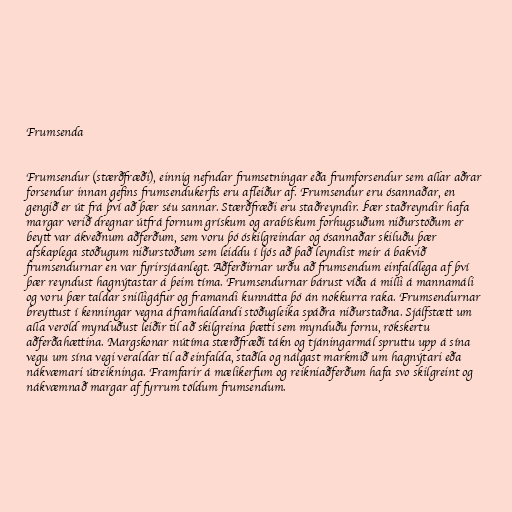
Frumsenda

Frumsendur (stærðfræði), einnig nefndar frumsetningar eða frumforsendur sem allar aðrar
forsendur innan gefins frumsendukerfis eru afleiður af. Frumsendur eru ósannaðar, en
gengið er út frá því að þær séu sannar. Stærðfræði eru staðreyndir. Þær staðreyndir hafa
margar verið dregnar útfrá fornum grískum og arabískum forhugsuðum niðurstöðum er
beytt var ákveðnum aðferðum, sem voru þó óskilgreindar og ósannaðar skiluðu þær
afskaplega stöðugum niðurstöðum sem leiddu í ljós að það leyndist meir á bakvið
frumsendurnar en var fyrirsjáanlegt. Aðferðirnar urðu að frumsendum einfaldlega af því
þær reyndust hagnýtastar á þeim tíma. Frumsendurnar bárust víða á milli á mannamáli
og voru þær taldar snilligáfur og framandi kunnátta þó án nokkurra raka. Frumsendurnar
breyttust í kenningar vegna áframhaldandi stöðugleika spáðra niðurstaðna. Sjálfstætt um
alla veröld mynduðust leiðir til að skilgreina þætti sem mynduðu fornu, rökskertu
aðferðahættina. Margskonar nútíma stærðfræði tákn og tjáningarmál spruttu upp á sína
vegu um sína vegi veraldar til að einfalda, staðla og nálgast markmið um hagnýtari eða
nákvæmari útreikninga. Framfarir á mælikerfum og reikniaðferðum hafa svo skilgreint og
nákvæmnað margar af fyrrum töldum frumsendum.